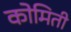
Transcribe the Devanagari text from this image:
कोमिती